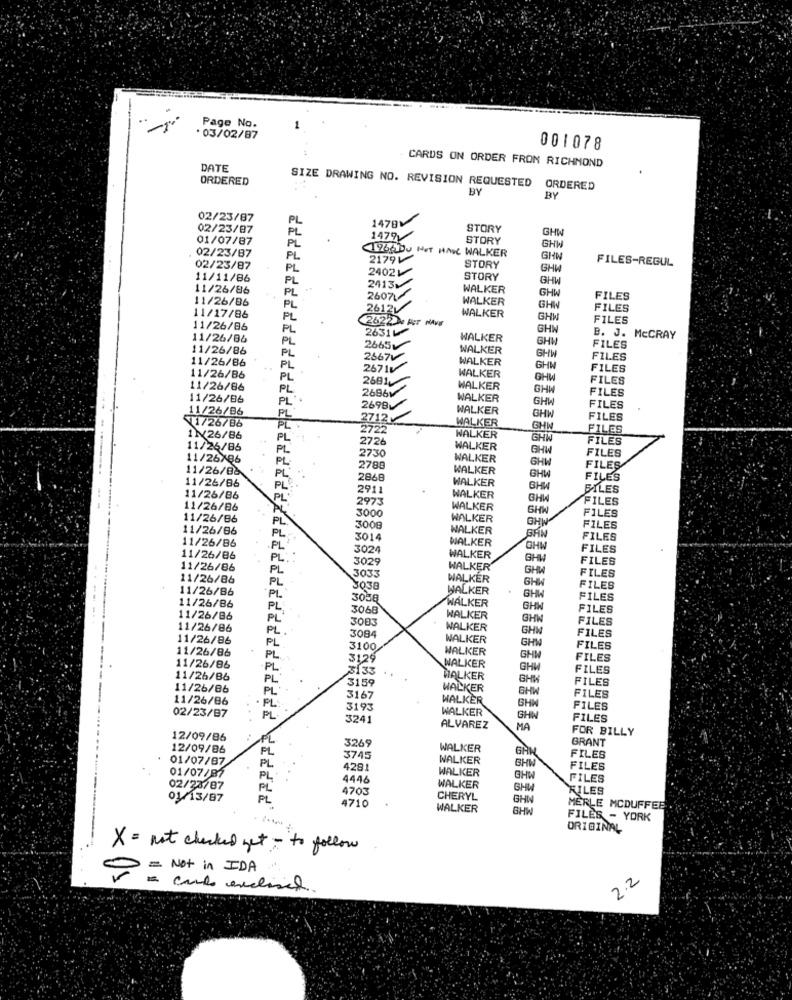
Page No.
· 03/02/87
001078
DATE
CARDS ON ORDER FROM RICHMOND
ORDERED
SIZE DRAWING NO. REVISION REQUESTED
BY
ORDERED
BY
02/23/87
PL
1478V
02/23/87
STORY
GH
01/07/87
PL
1479V
STORY
PL
1966Du HAT HAL WALKER
GHW
02/23/87
PL
2179V
GHN
FILES-REGUL
02/23/87
PL
24021
STORY
GHW
11/11/86
PL
STORY
GHW
11/26/86
2413₥
WALKER
GHW
11/26/86
2607.
WALKER
FILES
PL
2612V
WALKER
GHW
FILES
11/17/86
PL
2622 % For NAVE
GHW
FILES
11/26/86
PL
26311
GHN
11/26/86
PL
WALKER
GHW
B. J. McCRAY
11/26/86
2665v
WALKER
FILES
11/26/86
PL
2667V
WALKER
GHW
FILES
..
PL
2671V
GHM
FILES
11/26/86
PL
2681
WALKER
GHW
FILES
11/26/86
2686V
WALKER
GHW
FILES
11/26/86
PL
PL
WALKER
GHW
2698
WALKER
FILES
11/26/86
11/26/86
PL
2712
GHW
FILES
PL
272
WALKER
GHI
FILES
1N26/86
PL
2726
WALKER
GHW
FILES
11/26/86
PL
WALKER
GHW
FILES
11/26/86
PL
2730
WALKER
GHW
11/26/88
2788
WALKER
FILES
PL
2868
WALKER
GHW
FILES
11/26/86
PL
291
BHM
FILES
11/26/86
2973
WALKER
GHI
FILES
11/26/86
WALKER
GHW
FILES
11/26/86
PL
3000
WALKER
GH
11/26/86
300g
WALKER
FILES
PL
3014
WALKER
FILES
11/26/86
.PL
3024
GHW
FILES
11/26/86
PL
3029
WALKER
GHW
FILES
11/26/86
PL
WALKER
GHW
11/26/86
3033
WALKER
GH
FILES
11/26/86
PL
PL
3038
WALKER
FILES
3038
GHW
FILES
11/26/86
PL
3068
WALKER
GHW
FILES
11/26/86
PL
3083
WALKER
GH
FILES
11/26/86
PL.
WALKER
GHW
FILES
11/26/86
3084
WALKER
GH
11/26/86
PL
3100
WALKER
FILES
PL.
3129
GHI
FILES
11/26/86
PL
3133
WALKER
GHW
FILES
11/26/86
PL
3155
WALKER
FILES
11/26/86
PL
WALKER
GHW
FILES
11/26/86
3167
WALKER
PL
3193
WALKER
SHW
FILES
02/23/87
PL
324
GHIN
FILES
ALVAREZ
MA
FOR BILLY
12/09/86
PL
GRANT
12/09/86
3269
WALKER
01/07/87
FL
3745
WALKER
FILES
01/07/87
PL
4281
WALKER
BHW
FILES
PL
4446
3HW
FILES
02/23/87
FL
4703
WALKER
GHW
FILES
01/13/87
PL
4710
CHERYL
GHIN
WALKER
GHW
MERLE MCDUFFEE
FILES - YORK
ORIGINAL
X = not checked get - to follow
= Not in IDA
2.2